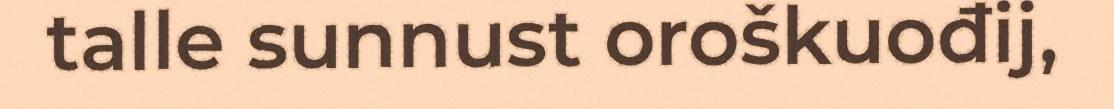
talle sunnust oroškuođij,